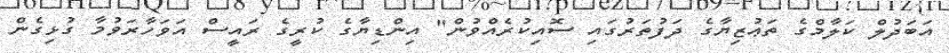
އަބަދުލް ކަލާމްގެ ތަޢުޒިޔާގެ ދަފުތަރުގައި ސޮއިކުރެއްވުން" އިންޑިޔާގެ ކުރީގެ ރައީސް އަވަހާރަވުމާ ގުޅިގެން